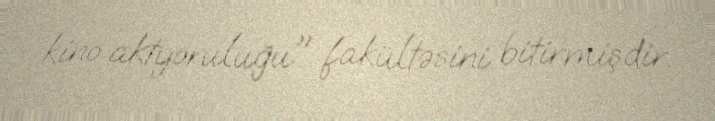
kino aktyoruluğu" fakültəsini bitirmişdir.